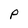
Character: P